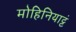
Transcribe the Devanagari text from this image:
मोहिनियाट्टं